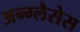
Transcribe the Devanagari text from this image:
अन्ग्लैसेस